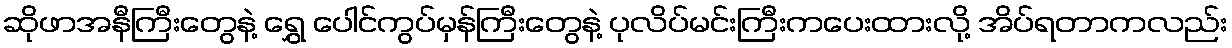
ဆိုဖာအနီကြီးတွေနဲ့ ရွှေ ပေါင်ကွပ်မှန်ကြီးတွေနဲ့ ပုလိပ်မင်းကြီးကပေးထားလို့ အိပ်ရတာကလည်း